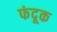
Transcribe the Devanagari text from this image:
फंदूक